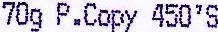
70G P.COPY 450'S